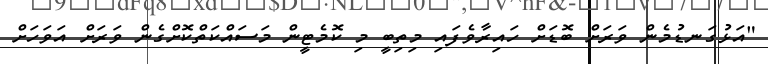
"އަޅުގަނޑުމެން ވަރަށް ބޮޑަށް ހައިރާވެފައި މިތިބީ މި ކޮމެޓީން މަސައްކަތްކޮށްގެން ވަރަށް އަވަހަށް